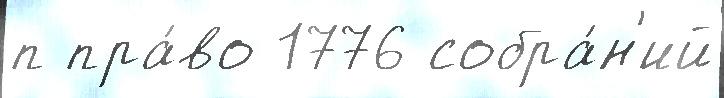
п пра́во 1776 собра́н'ий